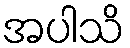
အပါသိ